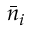
\bar { n } _ { i }